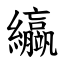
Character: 䌱